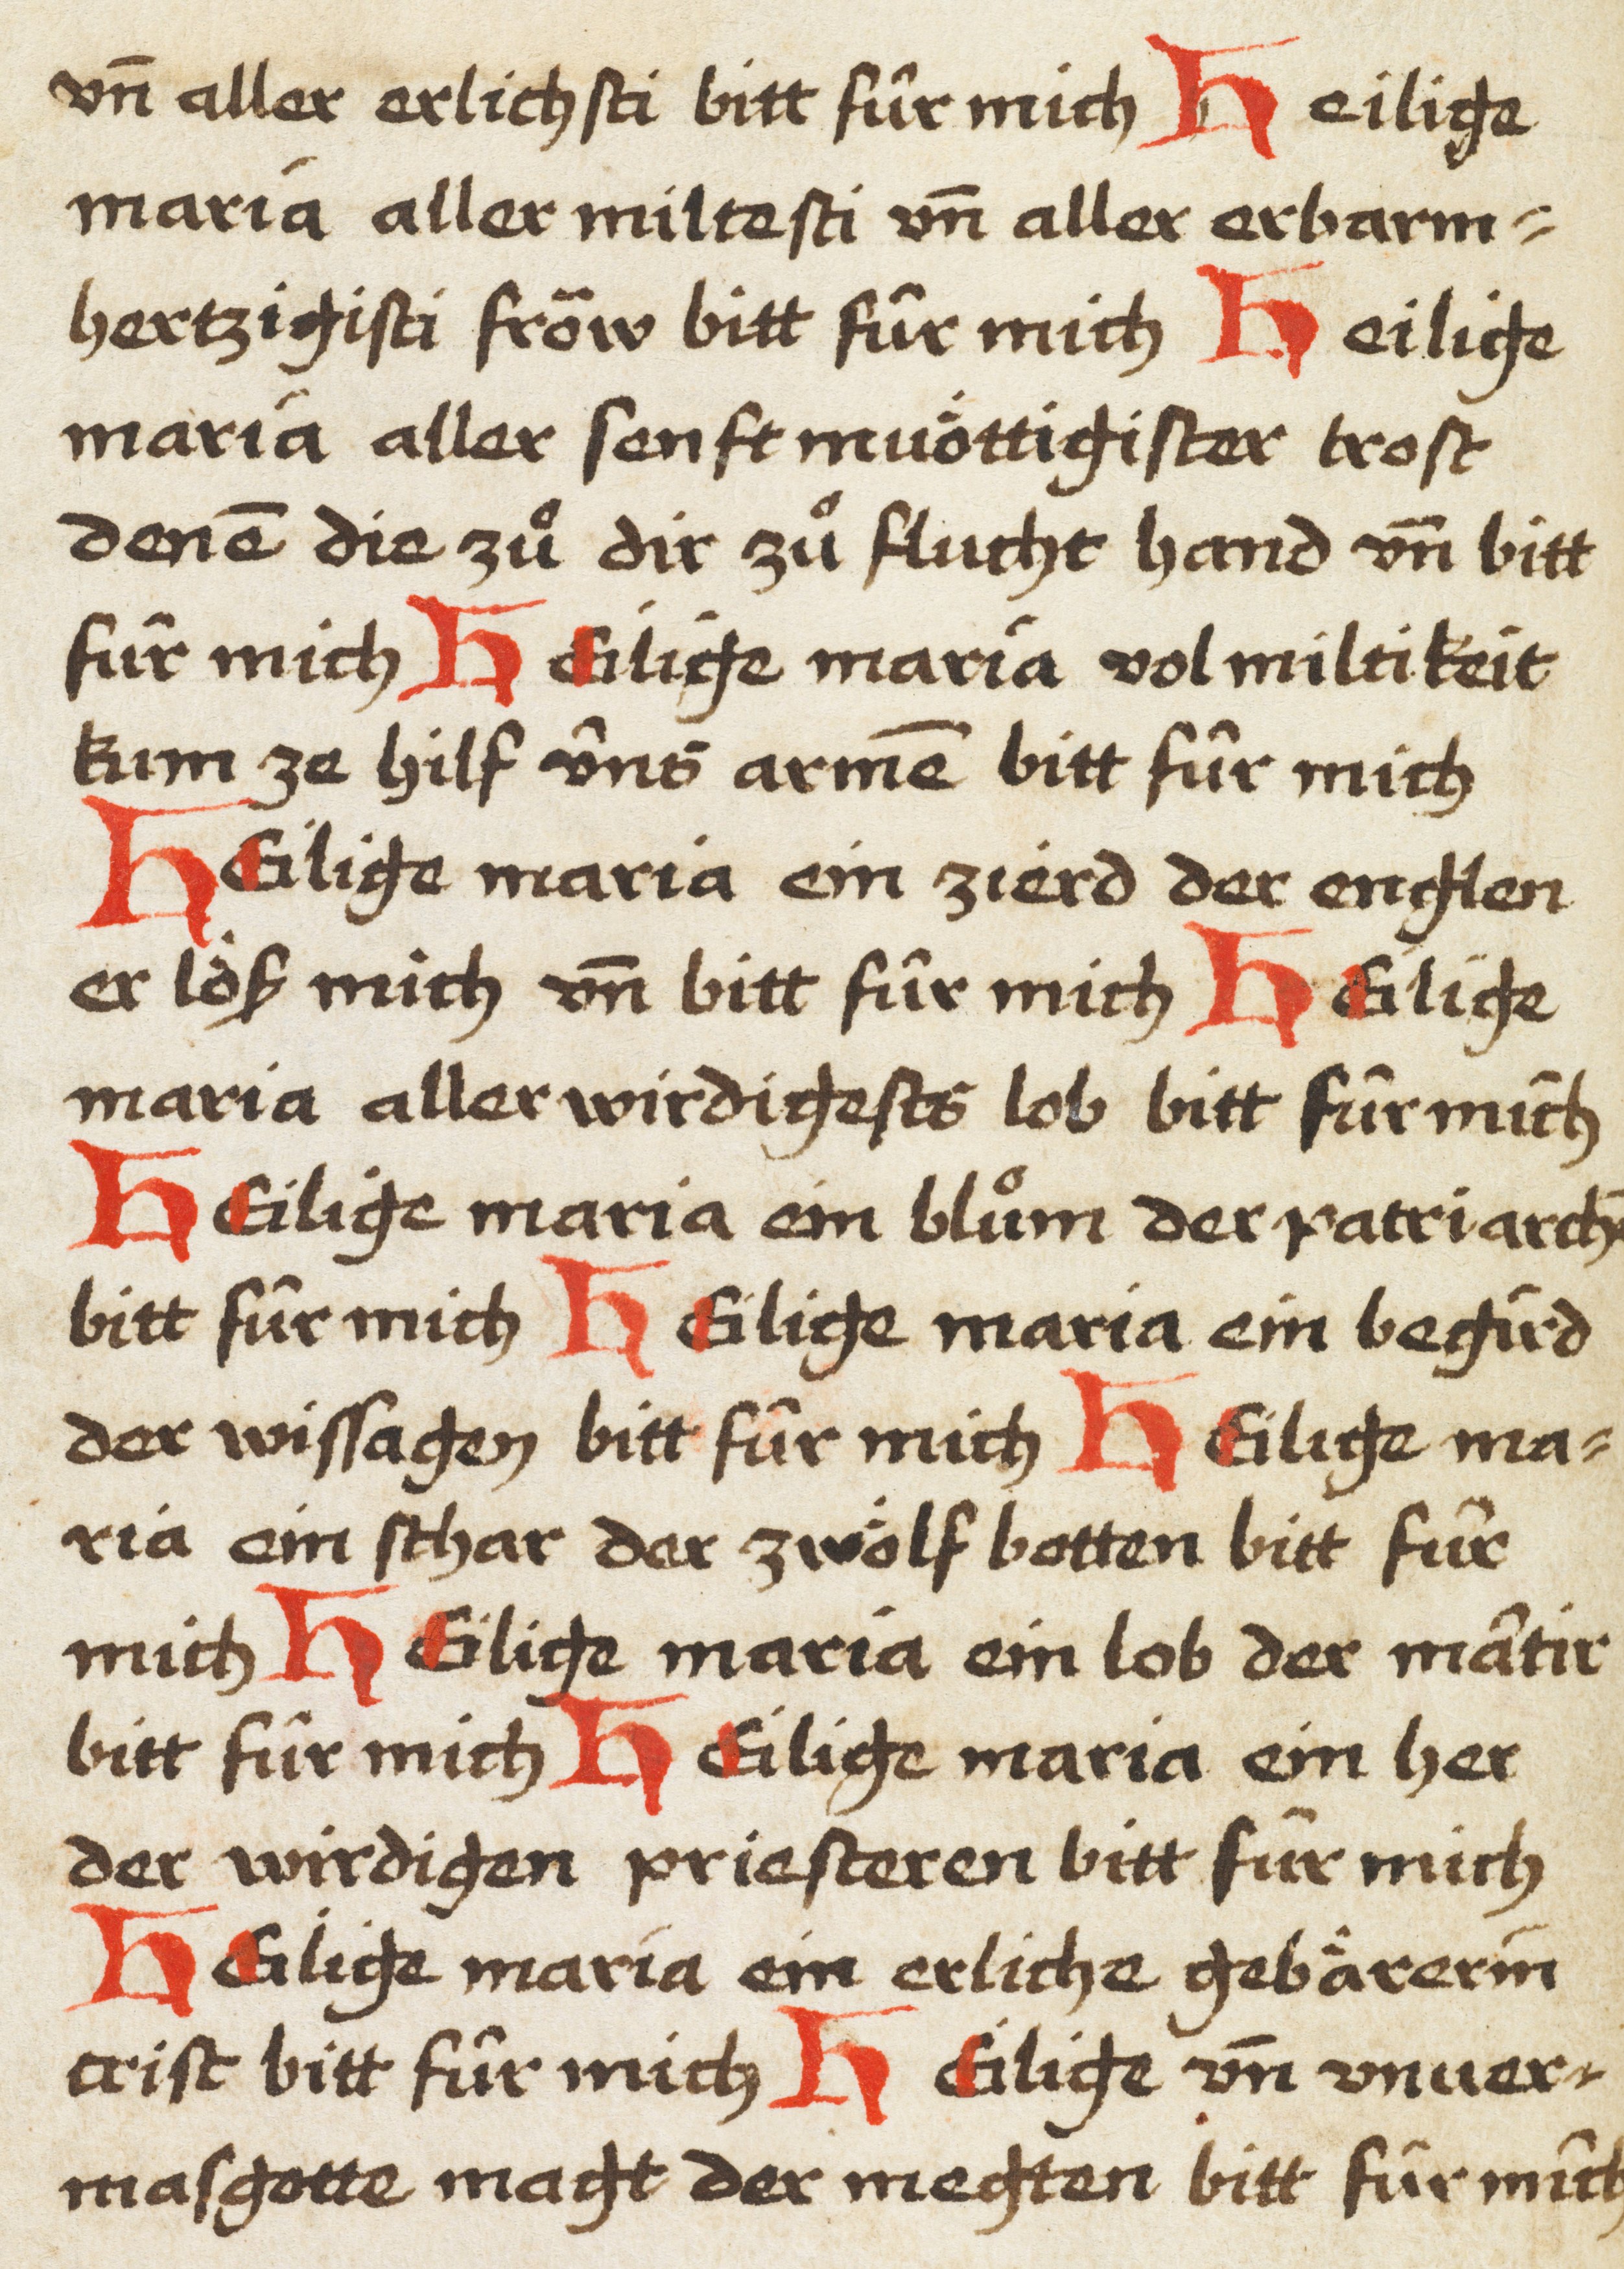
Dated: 1450–1499